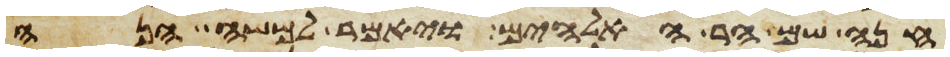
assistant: חנה שם הר האלהים ויאמר למשה הנה